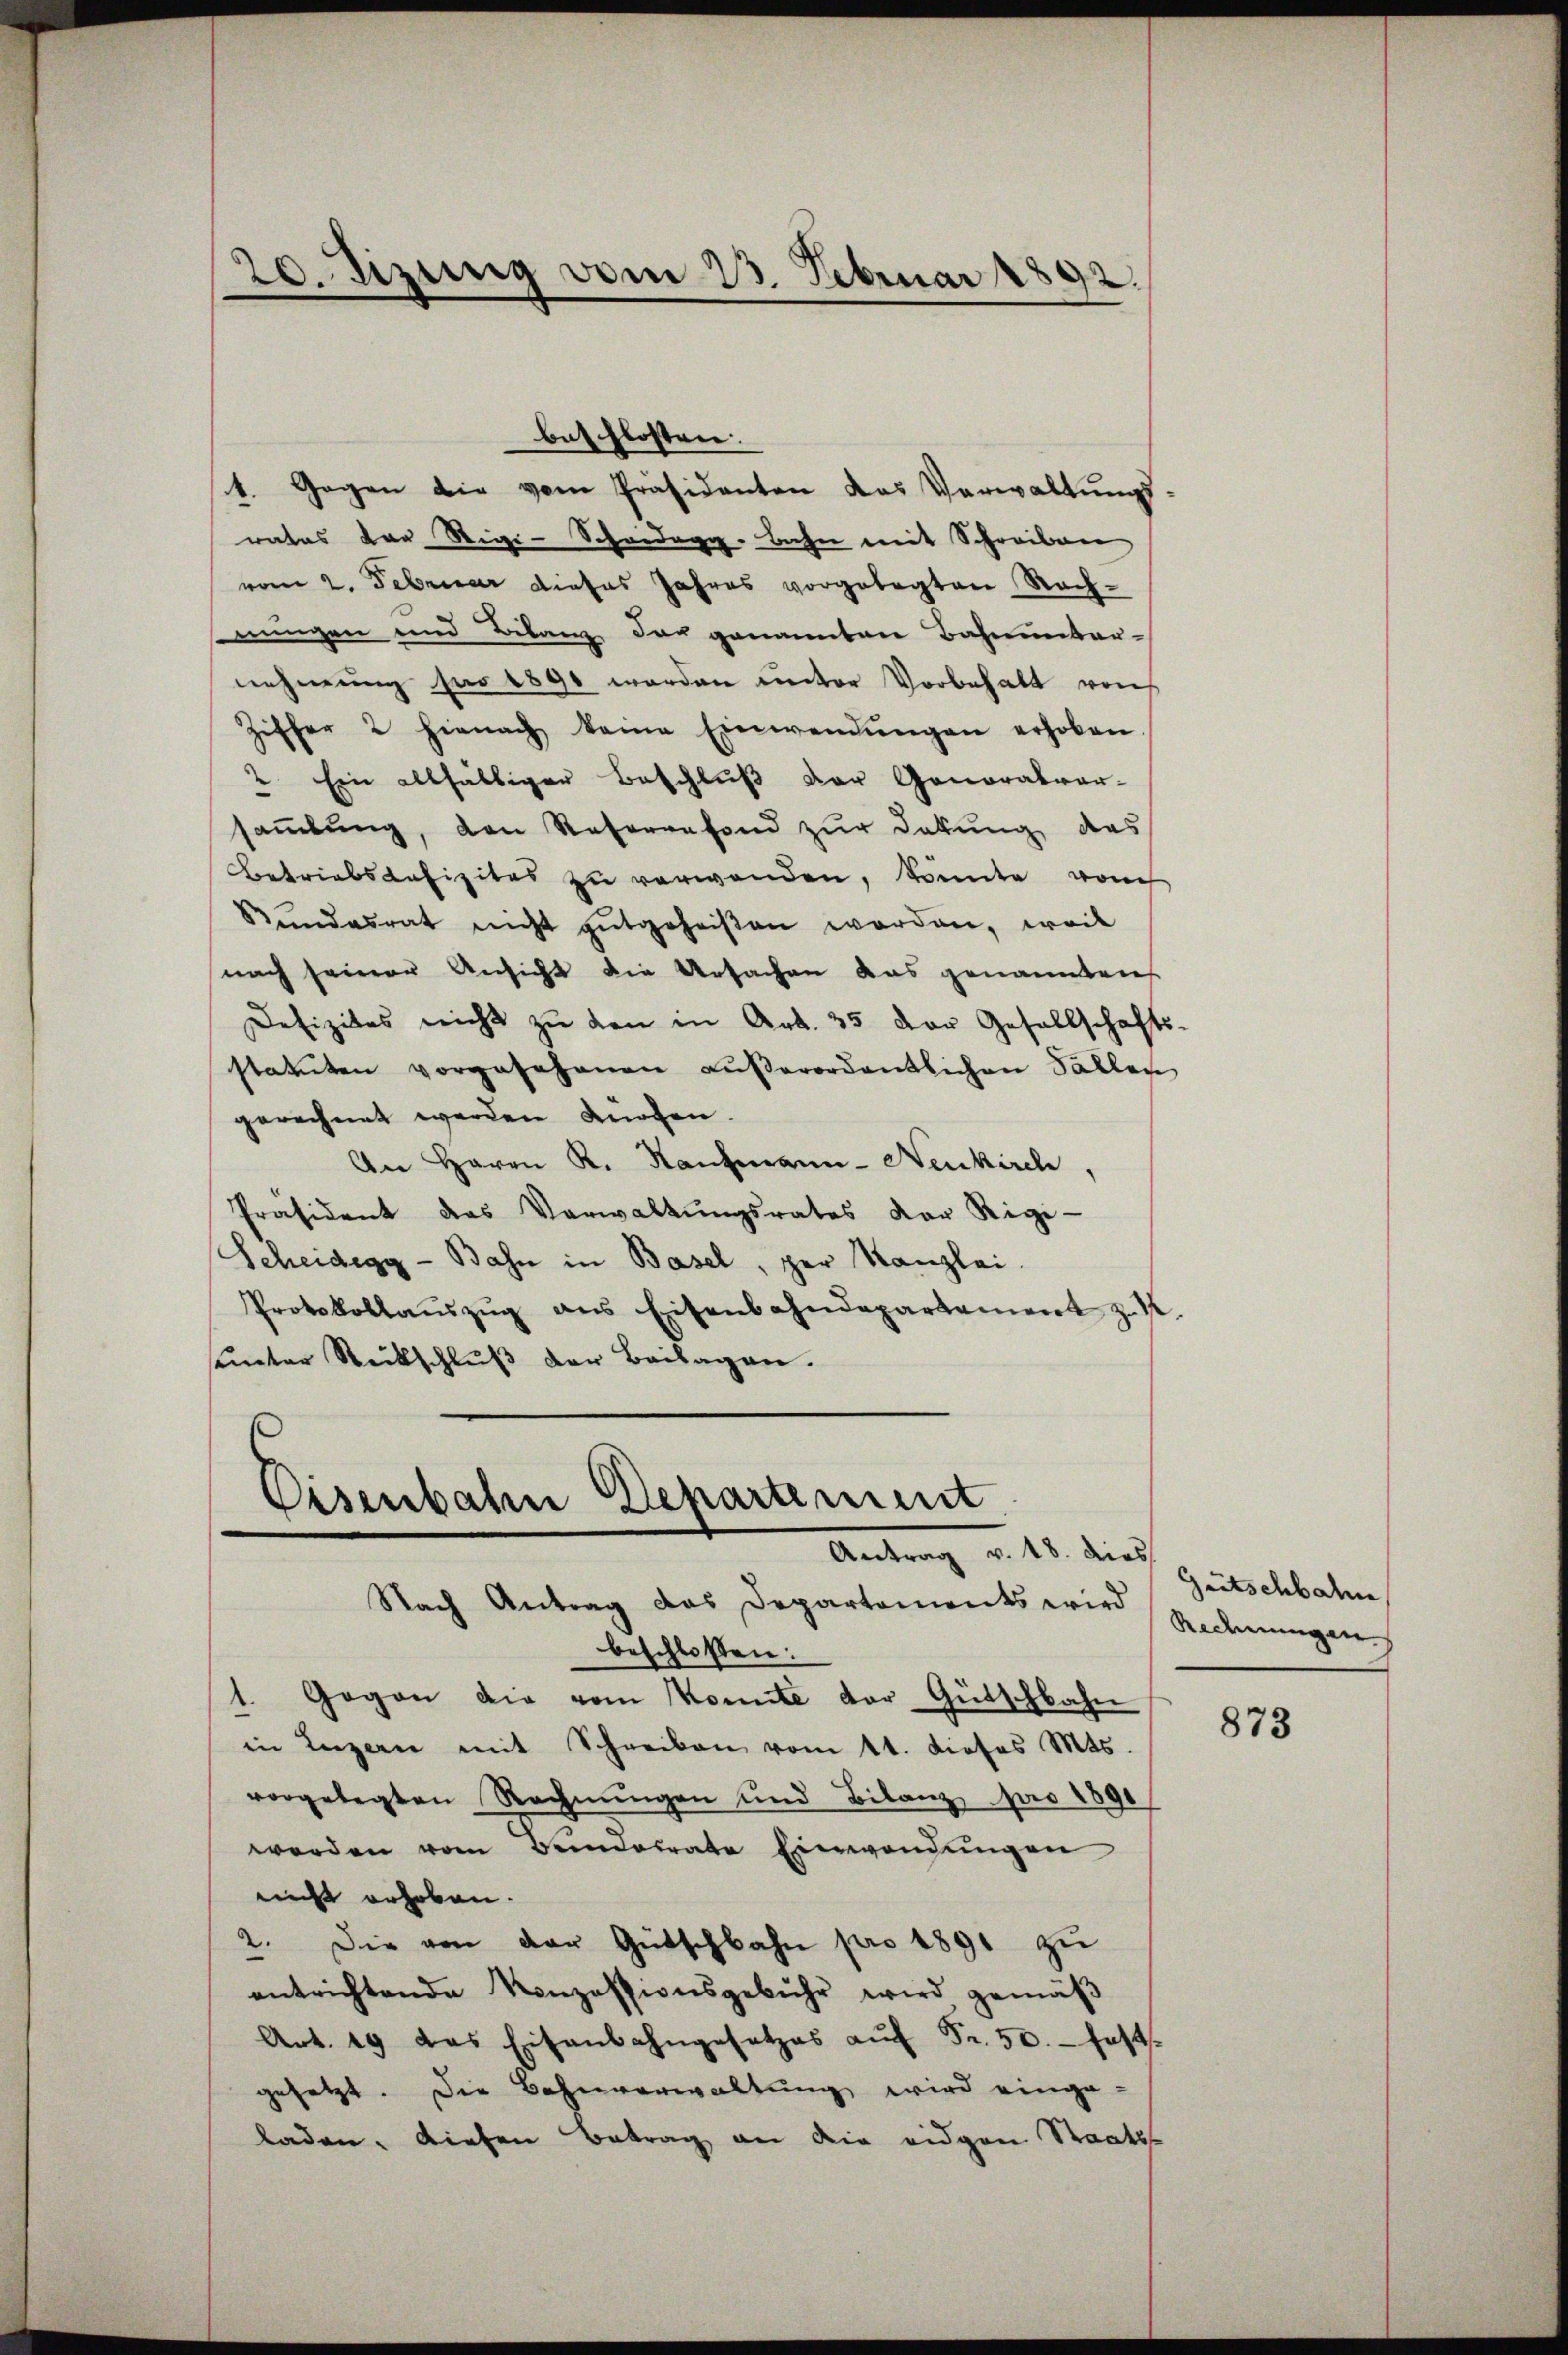
beschlossen:
1. Gegen die vom Präsidenten das Verwaltungsrates der Rigi-Scheidegg. Bahn mit Schreiben
vom 2. Februar dieses Jahres vorgelegten Rechnungen und Bilanz der genannten Bahnunter-
nehmung für 1890 werden unter Vorbehalt von
Ziffer 2 hienach kame Einwendŭngen erhoben
" Ein allfältiger Beschlŭβ der Generalver-
sammlung, den Reservefond zur Dekung das
Betriebsdefizites zu verwenden, konnte vom
Rŭndesrat nicht gutgeheißen worden, weil
nach seiner Ansicht die Ursachen das genannten
Defizites nicht zŭ den in Art. 35 der Gesellschafts-
statuten vorgesehenen aŭβerordentlichen Fällen
gerechnet werden Knoten.
An Herrn K. Kaufmann-Neukirch,
Präsident das Verwaltŭngsrates der Rigi-
Scheidegg - Bahn in Basel, per Kanzlei.
Protokollaŭszŭg ans Eisenbahndepartament z. K
sämter Rückschluß der Beilagen.

20. Sizung vom 23. Februar 1892.

Eisenbahn Departement
Antrag v. 18. dies

Nach Antrag das Departements wird
beschlossen:
1. Gegen die vom Konnte der Gütschbahn
in Luzern mit Schreiben vom 11. dieses Mts.
vorgelegten Rechnungen und Bilanz pro 1891
werden vom Bundesrate Einwendungen
nicht erhoben.
2. Die von der Gütschbahn pro 1891 zu
entrichtende Konzessionsgebühr wird gemäß
Art. 19 das Eisenbahngesetzes aŭf Fr. 50. fest.
gesetzt. Die Bahnverwaltung wird einge-
d
laden. Diesen Betrag an die eidgen Staats-

Gütschbahn
Redmungen.

873